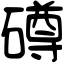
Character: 𥖁